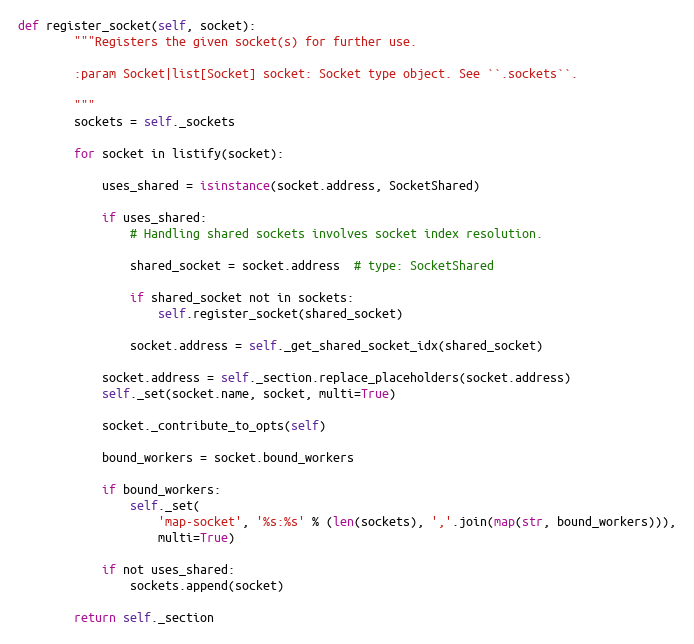
Language: Python
def register_socket(self, socket):
        """Registers the given socket(s) for further use.

        :param Socket|list[Socket] socket: Socket type object. See ``.sockets``.

        """
        sockets = self._sockets

        for socket in listify(socket):

            uses_shared = isinstance(socket.address, SocketShared)

            if uses_shared:
                # Handling shared sockets involves socket index resolution.

                shared_socket = socket.address  # type: SocketShared

                if shared_socket not in sockets:
                    self.register_socket(shared_socket)

                socket.address = self._get_shared_socket_idx(shared_socket)

            socket.address = self._section.replace_placeholders(socket.address)
            self._set(socket.name, socket, multi=True)

            socket._contribute_to_opts(self)

            bound_workers = socket.bound_workers

            if bound_workers:
                self._set(
                    'map-socket', '%s:%s' % (len(sockets), ','.join(map(str, bound_workers))),
                    multi=True)

            if not uses_shared:
                sockets.append(socket)

        return self._section